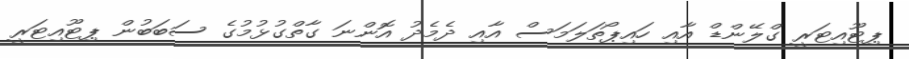
ޕިޓޫއިޓަރީ ގްލޭންޑް އާއި ހައިޕޯތަލަމަސް އާއި ދެމެދު އޮންނަ ގާތްގުޅުމުގެ ސަބަބުން ޕިޓޫއިޓަރީ